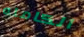
الكامله